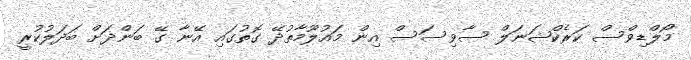
މޯލްޑިވްސް ކަރެކްޝަނަލް ސާވިސަސް އިން މައުލޫމާތުދޭ ގޮތުގައި އޭނާ ގޭ ބަންދަށް ބަދަލުކުރީ